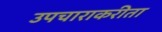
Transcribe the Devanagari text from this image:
उपचाराकरीता